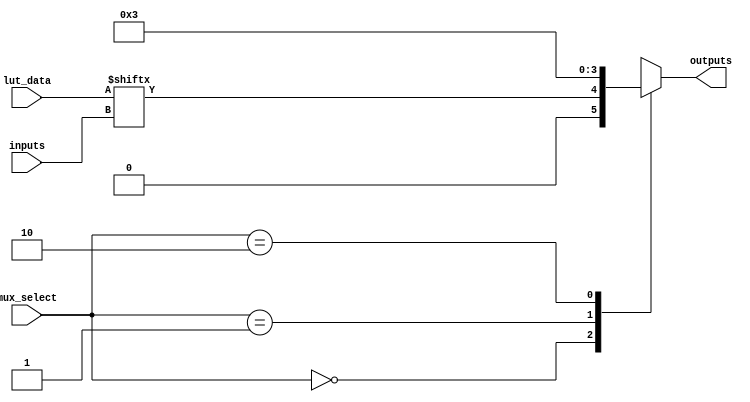
module combinational_logic_block #(
    parameter N_INPUTS = 4,            // Number of inputs to the LUT
    parameter N_OUTPUTS = 2,           // Number of outputs from the CLB
    parameter LUT_SIZE = (1 << N_INPUTS) // Size of the LUT (2^N_INPUTS)
)(
    input wire [N_INPUTS-1:0] inputs,  // Input signals
    input wire [LUT_SIZE-1:0] lut_data, // LUT truth table data
    input wire [1:0] mux_select,        // Multiplexer select signals
    output wire [N_OUTPUTS-1:0] outputs // Output signals
);

    // LUT implementation
    wire [N_OUTPUTS-1:0] lut_output;
    assign lut_output = lut_data[inputs]; // LUT output based on inputs

    // Multiplexer implementation
    reg [N_OUTPUTS-1:0] mux_output;
    always @(*) begin
        case (mux_select)
            2'b00: mux_output = lut_output; // Select LUT output
            2'b01: mux_output = {N_OUTPUTS{1'b0}}; // Example: all zeros
            2'b10: mux_output = {N_OUTPUTS{1'b1}}; // Example: all ones
            2'b11: mux_output = {N_OUTPUTS{1'bx}}; // Example: don't care
            default: mux_output = lut_output; // Default case
        endcase
    end

    // Assign final outputs
    assign outputs = mux_output;

endmodule